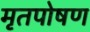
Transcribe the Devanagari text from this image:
मृतपोषण